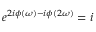
e ^ { 2 i \phi ( \omega ) - i \phi ( 2 \omega ) } = i